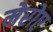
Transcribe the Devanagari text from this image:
मेरोए